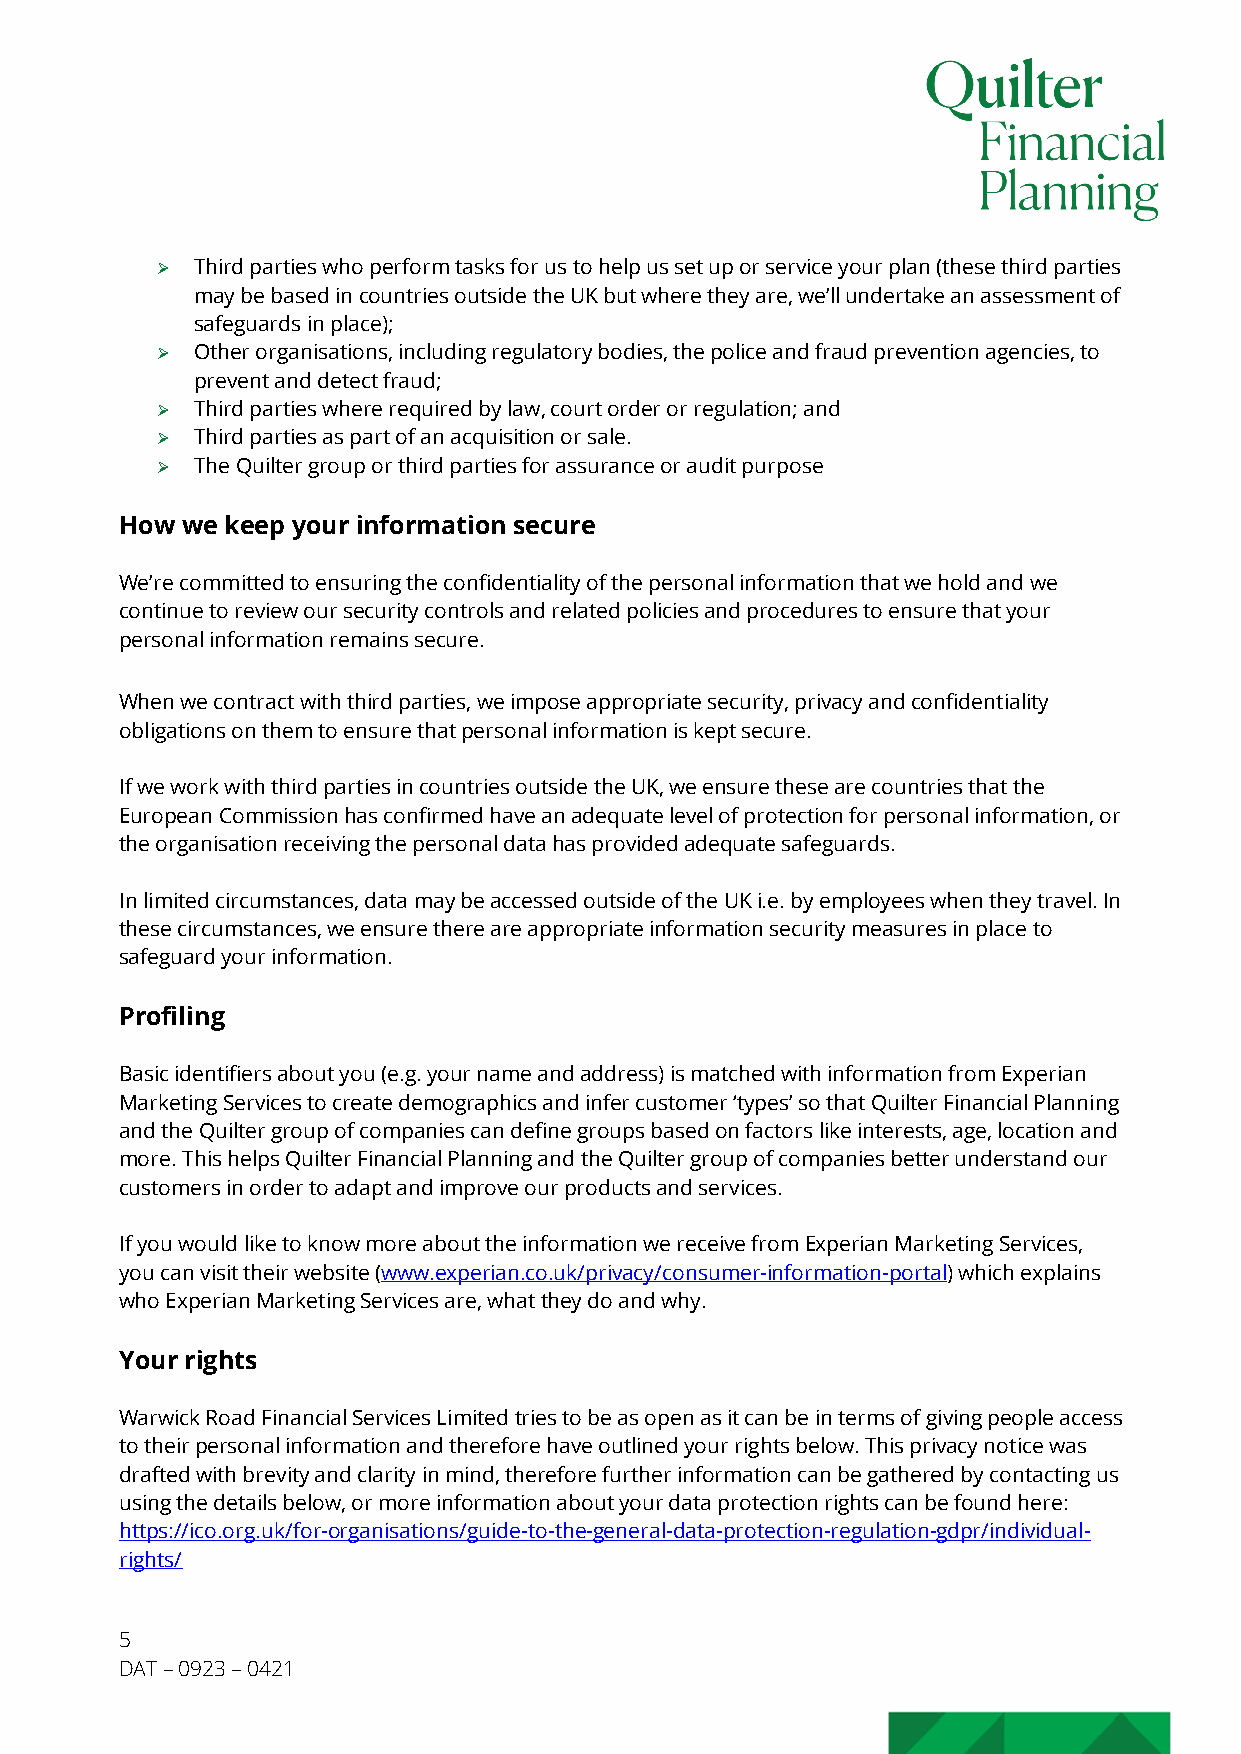
Ø  Third parties who perform tasks for us to help us set up or service your plan (these third parties
 may be based in countries outside the UK but where they are, we’ll undertake an assessment of
 safeguards in place);
 Ø  Other organisations, including regulatory bodies, the police and fraud prevention agencies, to
 prevent and detect fraud;
 Ø  Third parties where required by law, court order or regulation; and
 Ø  Third parties as part of an acquisition or sale.
 Ø  The Quilter group or third parties for assurance or audit purpose
 How we keep your information secure
 We’re committed to ensuring the confidentiality of the personal information that we hold and we
 continue to review our security controls and related policies and procedures to ensure that your
 personal information remains secure.
 When we contract with third parties, we impose appropriate security, privacy and confidentiality
 obligations on them to ensure that personal information is kept secure.
 If we work with third parties in countries outside the UK, we ensure these are countries that the
 European Commission has confirmed have an adequate level of protection for personal information, or
 the organisation receiving the personal data has provided adequate safeguards.
 In limited circumstances, data may be accessed outside of the UK i.e. by employees when they travel. In
 these circumstances, we ensure there are appropriate information security measures in place to
 safeguard your information.
 Profiling
 Basic identifiers about you (e.g. your name and address) is matched with information from Experian
 Marketing Services to create demographics and infer customer ‘types’ so that Quilter Financial Planning
 and the Quilter group of companies can define groups based on factors like interests, age, location and
 more. This helps Quilter Financial Planning and the Quilter group of companies better understand our
 customers in order to adapt and improve our products and services.
 If you would like to know more about the information we receive from Experian Marketing Services,
 you can visit their website (www.experian.co.uk/privacy/consumer-information-portal) which explains
 who Experian Marketing Services are, what they do and why.
 Your rights
 Warwick Road Financial Services Limited tries to be as open as it can be in terms of giving people access
 to their personal information and therefore have outlined your rights below. This privacy notice was
 drafted with brevity and clarity in mind, therefore further information can be gathered by contacting us
 using the details below, or more information about your data protection rights can be found here:
 https://ico.org.uk/for-organisations/guide-to-the-general-data-protection-regulation-gdpr/individual-
 rights/
 5
 DAT – 0923 – 0421